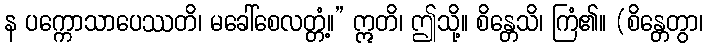
န ပက္ကောသာပေဿတိ၊ မခေါ်စေလတ္တံ့။” ဣတိ၊ ဤသို့။ စိန္တေသိ၊ ကြံ၏။ (စိန္တေတွာ၊